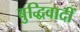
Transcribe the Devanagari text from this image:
बुद्धिवादीं